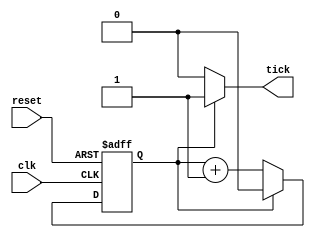
module tick_gen
	#( parameter	M = 1,
			N = 1
	)
	(
	input wire	clk,reset,
	output reg	tick
	);

	reg [N-1:0]count_reg, count_next;

	always @(posedge clk, posedge reset)
		if (reset)
			count_reg <= 0;
		else
			count_reg <= count_next;
	
	always @*
	begin
		count_next = count_reg;
		tick = 1'b0;

		if (count_reg == M)
			begin
			count_next = 0;
			tick = 1'b1;
			end
		else
			count_next = count_reg + 1;
	end
	
endmodule